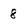
Character: 8